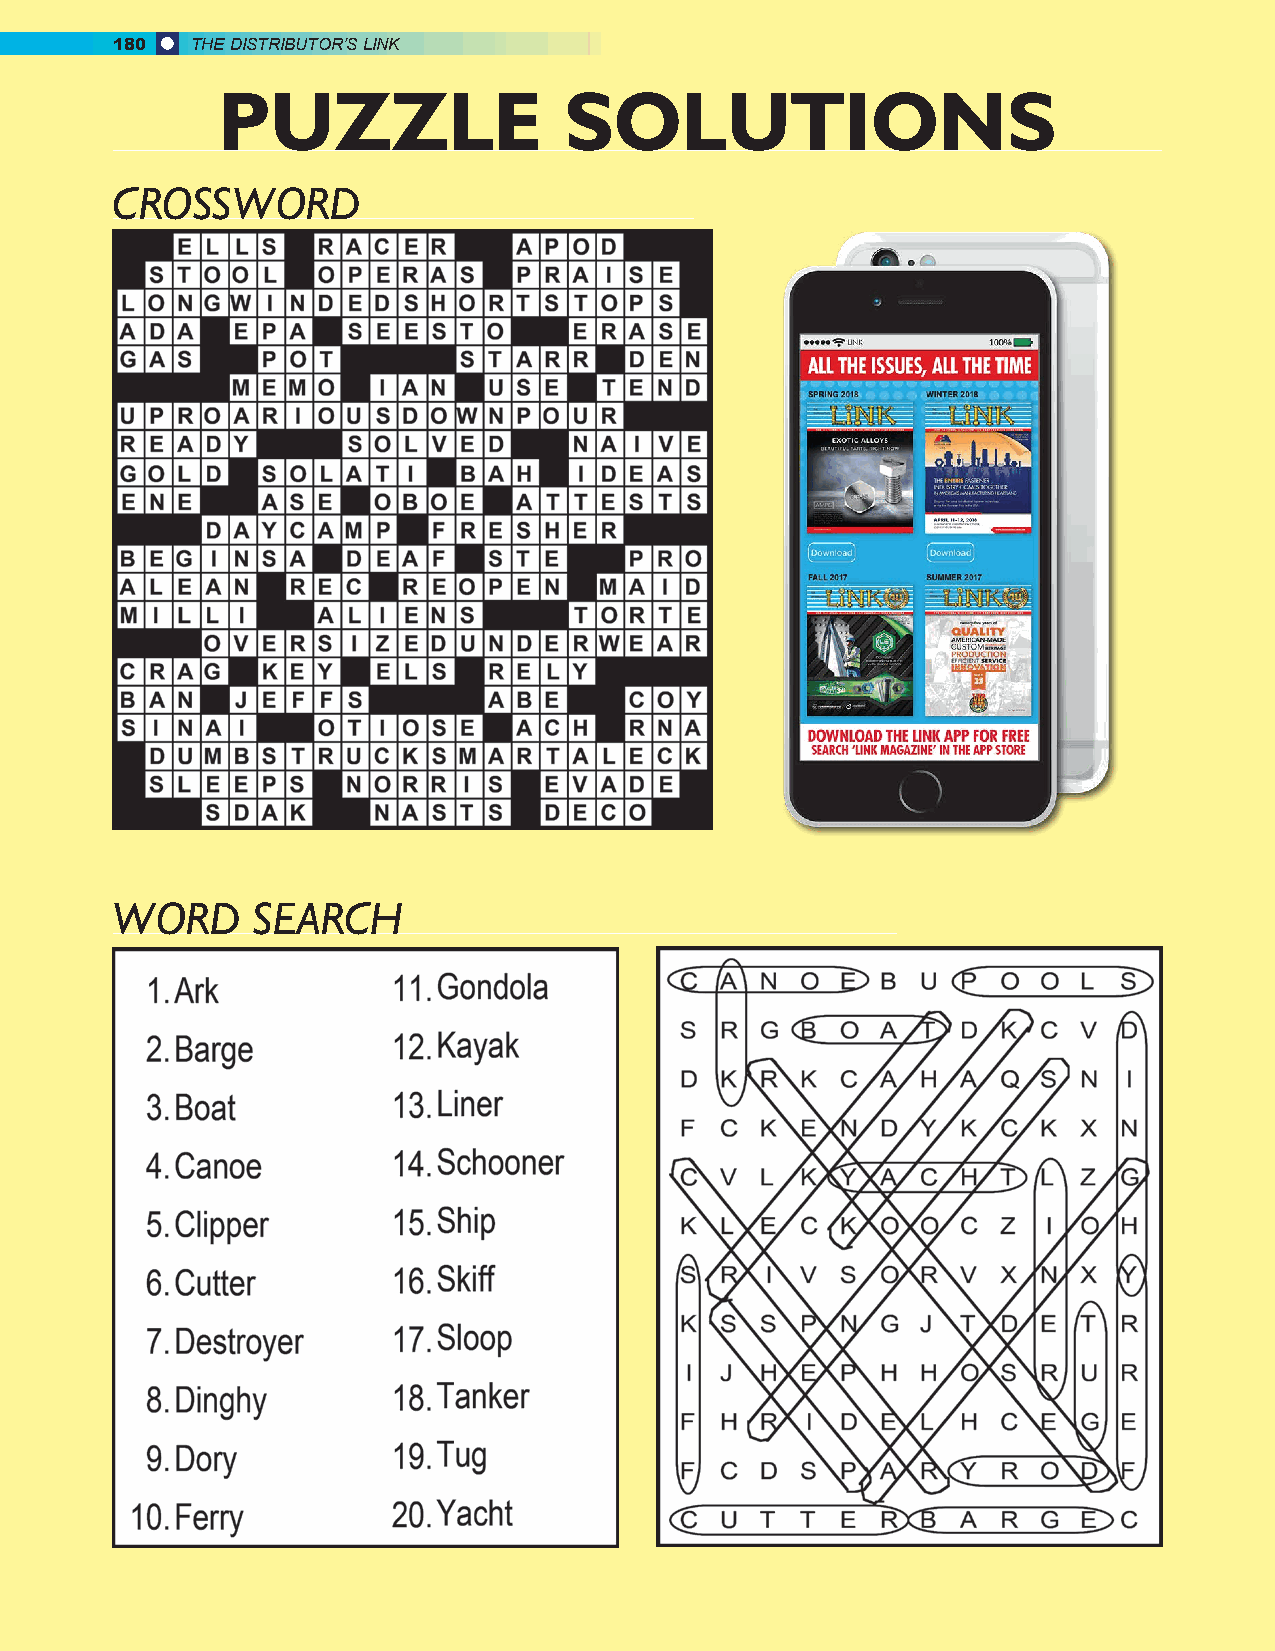
180   THE DISTRIBUTOR’S LINK
 PUZZLE                 SOLUTIONS
 CROSSWORD
 WORD      SEARCH